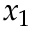
x _ { 1 }